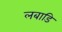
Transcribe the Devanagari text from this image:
लबाडि